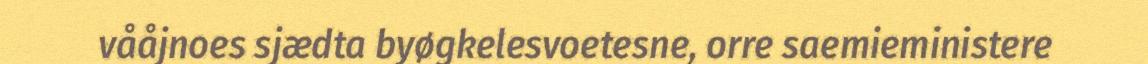
vååjnoes sjædta byøgkelesvoetesne, orre saemieministere